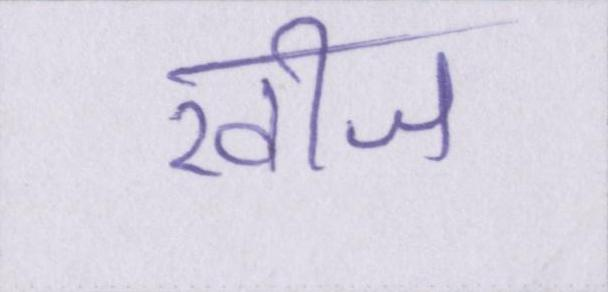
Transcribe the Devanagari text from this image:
खीज